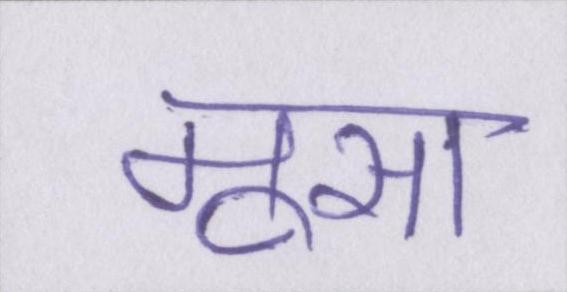
मूसा